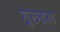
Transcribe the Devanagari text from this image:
गुरुतत्व